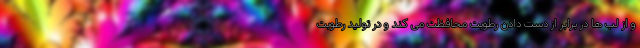
و از لب ها در برابر از دست دادن رطوبت محافظت می کند و در تولید رطوبت